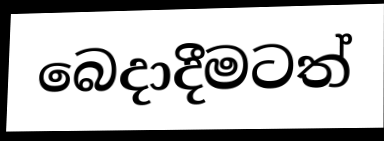
බෙදාදීමටත්